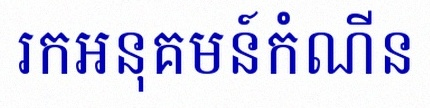
រកអនុគមន៍កំណើន